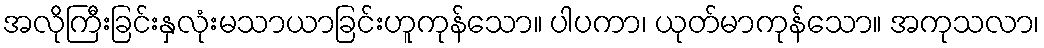
အလိုကြီးခြင်းနှလုံးမသာယာခြင်းဟူကုန်သော။ ပါပကာ၊ ယုတ်မာကုန်သော။ အကုသလာ၊